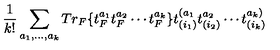
{ \frac { 1 } { k ! } } \sum _ { a _ { 1 } , \dots , a _ { k } } T r _ { F } \{ t _ { F } ^ { a _ { 1 } } t _ { F } ^ { a _ { 2 } } \cdots t _ { F } ^ { a _ { k } } \} t _ { ( i _ { 1 } ) } ^ { ( a _ { 1 } } t _ { ( i _ { 2 } ) } ^ { a _ { 2 } } \cdots t _ { ( i _ { k } ) } ^ { a _ { k } ) }